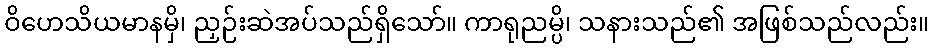
ဝိဟေသိယမာနမှိ၊ ညှဉ်းဆဲအပ်သည်ရှိသော်။ ကာရုညမ္ပိ၊ သနားသည်၏ အဖြစ်သည်လည်း။